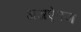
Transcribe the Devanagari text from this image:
अअऐनज